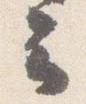
云